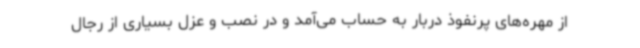
از مهره‌های پرنفوذ دربار به حساب می‌آمد و در نصب و عزل بسیاری از رجال